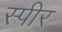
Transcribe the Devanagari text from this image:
स्पीर